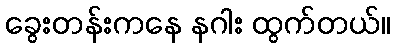
ခွေးတန်းကနေ နဂါး ထွက်တယ်။